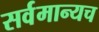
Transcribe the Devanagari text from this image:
सर्वमान्यच